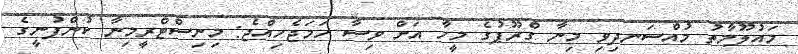
މައުލޫމާތު މުއްސަނދިވި މިނާ ގްރޫޕުގެ މީހާ އަށް ވިސާ ހަމަޖެހިއްޖެ: މިނިސްޓްރީމިނާ ކުންފުނީގެ